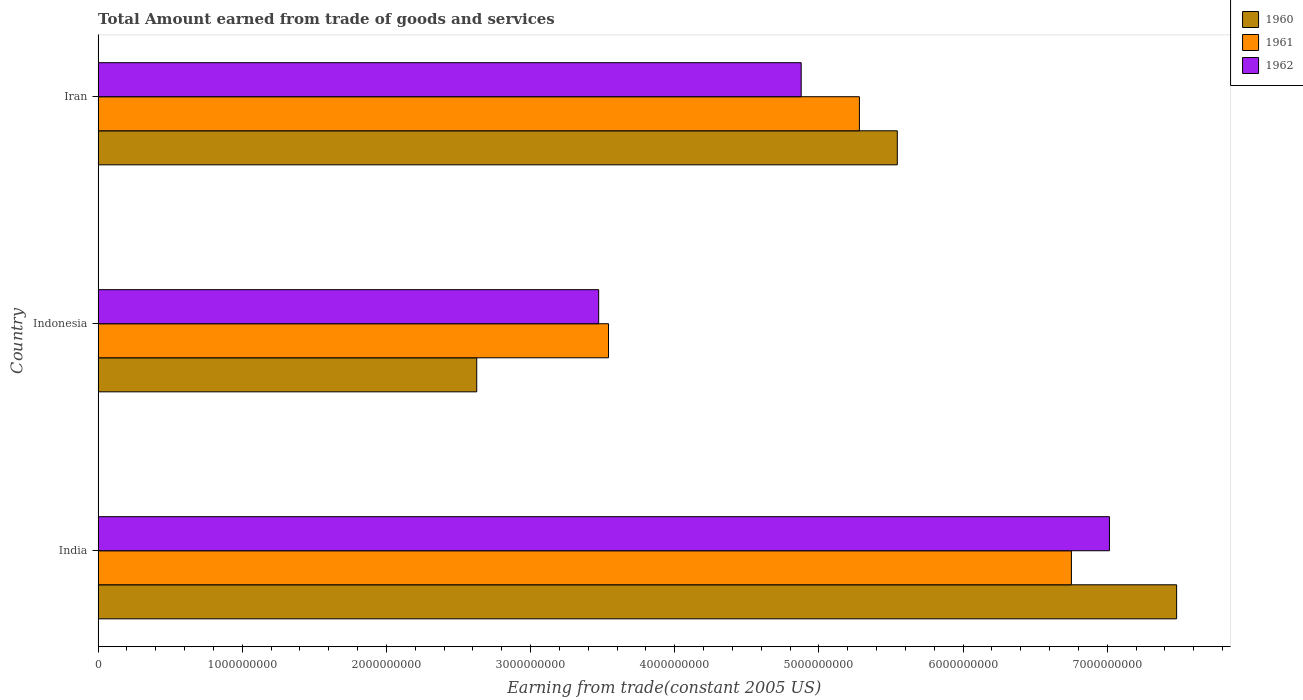
| Country | 1960 | 1961 | 1962 |
 | --- | --- | --- | --- |
 | India | 7.48e+09 | 6.75e+09 | 7.02e+09 |
 | Indonesia | 2.63e+09 | 3.54e+09 | 3.47e+09 |
 | Iran | 5.54e+09 | 5.28e+09 | 4.88e+09 |